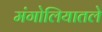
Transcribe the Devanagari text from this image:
मंगोलियातले